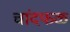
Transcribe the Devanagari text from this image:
चांदफळ